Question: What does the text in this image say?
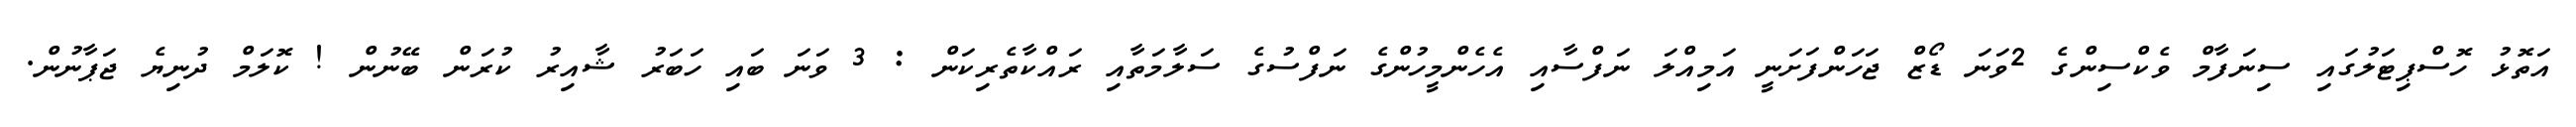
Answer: އަތޮޅު ހޮސްޕިޓަލުގައި ސިނަފާމް ވެކްސިންގެ 2ވަނަ ޑޯޒް ޖަހަންފަށަނީ އަމިއްލަ ނަފްސާއި އެހެންމީހުންގެ ނަފްސުގެ ސަލާމަތާއި ރައްކާތެރިކަން : 3 ވަނަ ބައި ހަބަރު ޝާއިރު ކުރަން ބޭނުން ! ކޮލަމް ދުނިޔެ ޖަޕާނުން.